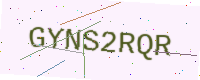
Text: GYNS2RQR